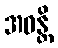
အဝန္တိ